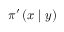
\pi ^ { \prime } \left( x \mid \boldsymbol { y } \right)